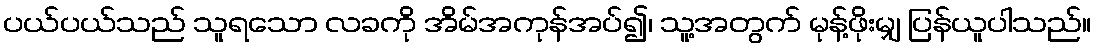
ပယ်ပယ်သည် သူရသော လခကို အိမ်အကုန်အပ်၍၊ သူ့အတွက် မုန့်ဖိုးမျှ ပြန်ယူပါသည်။